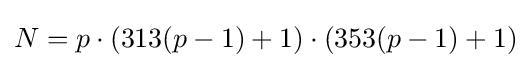
N=p\cdot (313(p-1)+1)\cdot (353(p-1)+1)